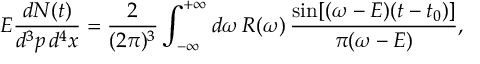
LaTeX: E \frac { d N ( t ) } { d ^ { 3 } p \, d ^ { 4 } x } = \frac { 2 } { ( 2 \pi ) ^ { 3 } } \int _ { - \infty } ^ { + \infty } d \omega \, { \cal R } ( \omega ) \, \frac { \sin [ ( \omega - E ) ( t - t _ { 0 } ) ] } { \pi ( \omega - E ) } ,